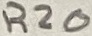
Text: R20